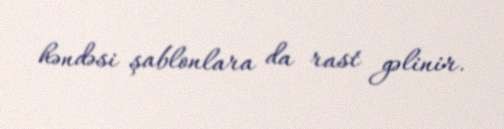
həndəsi şablonlara da rast gəlinir.